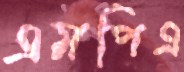
এমপিএ